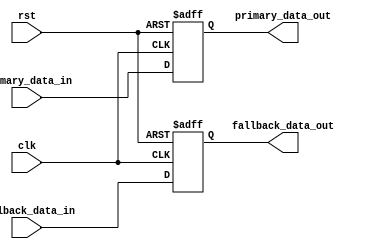
module Fallback_Bypass_Register (
    input wire clk,
    input wire rst,
    input wire primary_data_in,
    output wire primary_data_out,
    input wire fallback_data_in,
    output wire fallback_data_out
);

reg primary_data_reg;
reg fallback_data_reg;

always @(posedge clk or posedge rst) begin
    if (rst) begin
        primary_data_reg <= 1'b0;
        fallback_data_reg <= 1'b0;
    end else begin
        primary_data_reg <= primary_data_in;
        fallback_data_reg <= fallback_data_in;
    end
end

assign primary_data_out = primary_data_reg;
assign fallback_data_out = fallback_data_reg;

endmodule